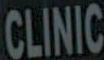
CLINIC